Plague in India, 1896, 1897 - Volume 2
Year: 1896
Disease focus: Plague
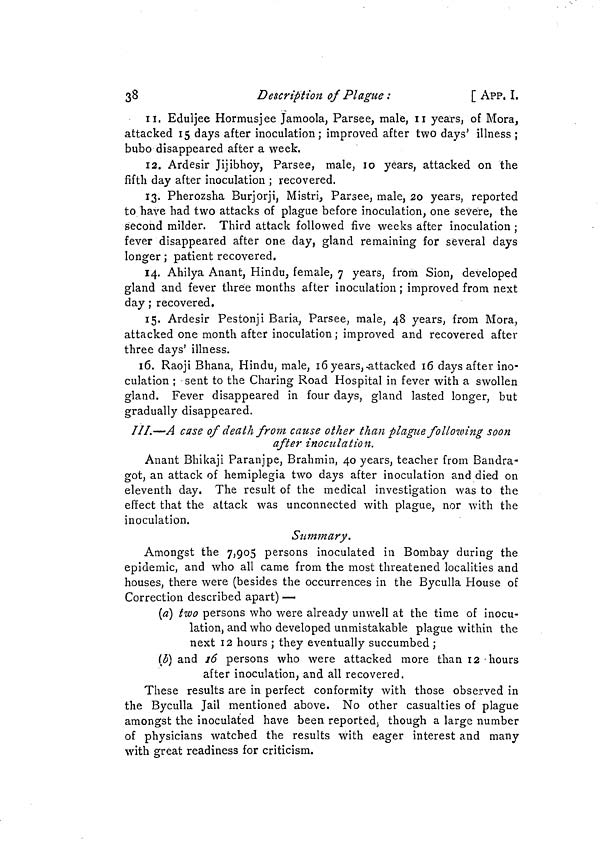
38
Description of Plague :
[ APP. I.
11. Eduljee Hormusjee Jamoola, Farsee, male, n years, of Mora,
attacked 15 days after inoculation; improved after two days' illness ;
bubo disappeared after a week.
12. Ardesir Jijibhoy, Farsee, male, 10 years, attacked on the
fifth day after inoculation ; recovered.
13. Pherozsha Burjorji, Mistri, Farsee, male, 20 years, reported
to have had two attacks of plague before inoculation, one severe, the
second milder. Third attack followed five weeks after inoculation ;
fever disappeared after one day, gland remaining for several days
longer ; patient recovered.
14. Ahilya Anant, Hindu, female, 7 years, from Sion, developed
gland and fever three months after inoculation ; improved from next
day ; recovered.
15. Ardesir Pestonji Baria, Farsee, male, 48 years, from Mora,
attacked one month after inoculation ; improved and recovered after
three days' illness.
16. Raoji Bhana, Hindu, male, 16 years, -attacked 16 days after ino-
culation ; sent to the Charing Road Hospital in fever with a swollen
gland. Fever disappeared in four days, gland lasted longer, but
gradually disappeared.
III.—A case of deat h from cause other than plague following soon
after inoculation.
Anant Bhikaji Paranjpe, Brahmin, 40 years, teacher from Bandra-
got, an attack of hemiplegia two days after inoculation and died on
eleventh day. The result of the medical investigation was to the
effect that the attack was unconnected with plague, nor with the
inoculation.
Summary.
Amongst the 7,905 persons inoculated in Bombay during the
epidemic, and who all came from the most threatened localities and
houses, there were (besides the occurrences in the Byculla House of
Correction described apart) —
(a] two persons who were already unwell at the time of inocu-
lation, and who developed unmistakable plague within the
next 12 hours ; they eventually succumbed ;
(b) and 16 persons who were attacked more than 12 -hours
after inoculation, and all recovered.
These results are in perfect conformity with those observed in
the Byculla Jail mentioned above. No other casualties of plague
amongst the inoculated have been reported, though a large number
of physicians watched the results with eager interest and many
with great readiness for criticism.